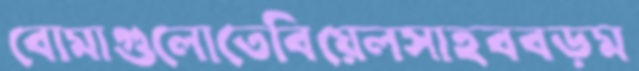
বোমাগুলোতেবিয়েলসাহববড়ম